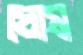
ঘোষ